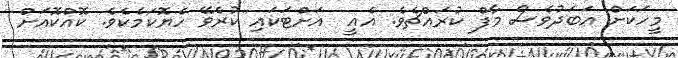
މީހަކަށް އަބަދުވެސް މާފް ކުރައްޗެވެ. އެއީ  އަށްޓަކައި ކުރެވޭ ހެޔޮކަމެކެވެ. ކޮއްކޮއަށް